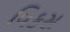
વિકસ